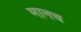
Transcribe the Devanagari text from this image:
मानच